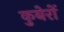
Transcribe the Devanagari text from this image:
कुबेरों